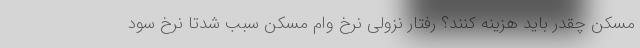
مسکن چقدر باید هزینه کنند؟ رفتار نزولی نرخ وام مسکن سبب شدتا نرخ سود